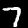
Label: 7